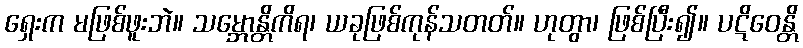
ရှေးက မဖြစ်ဖူးဘဲ။ သမ္ဘောန္တိကိရ၊ ယခုဖြစ်ကုန်သတတ်။ ဟုတွာ၊ ဖြစ်ပြီး၍။ ပဋိဝေန္တိ